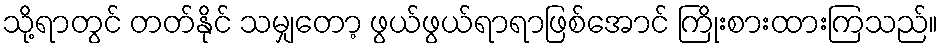
သို့ရာတွင် တတ်နိုင် သမျှတော့ ဖွယ်ဖွယ်ရာရာဖြစ်အောင် ကြိုးစားထားကြသည်။